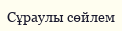
Сұраулы сөйлем